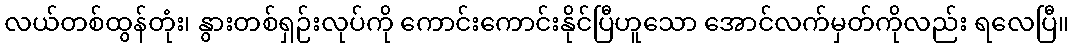
လယ်တစ်ထွန်တုံး၊ နွားတစ်ရှဉ်းလုပ်ကို ကောင်းကောင်းနိုင်ပြီဟူသော အောင်လက်မှတ်ကိုလည်း ရလေပြီ။